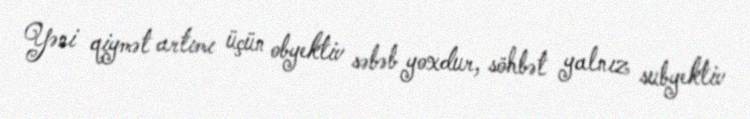
Yəni qiymət artımı üçün obyektiv səbəb yoxdur, söhbət yalnız subyektiv